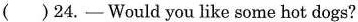
( )24.- Would you like some hot dogs?